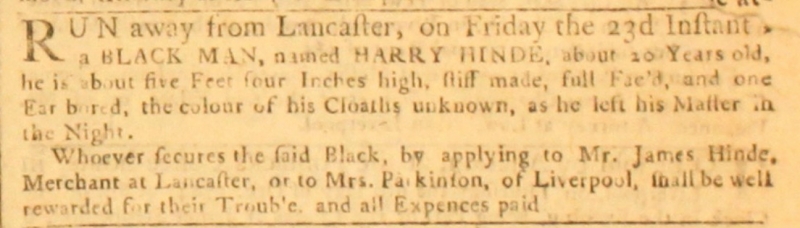
Williamson’s Liverpool Advertiser, and Mercantile Chronicle, 30 November 1764 (England)
RUN away from Lancaster, on Friday the 23d Instant a BLACK MAN, named HARRY HINDE, about 20 Years old, he is about five Feet four Inches high, stiff made, full Fac’d, and one Ear bored, the colour of his Cloaths unknown, as he left his Master in the Night.  Whoever secures the said Black, by applying to Mr. James Hinde, Merchant at Lancaster, or to Mrs. Parkinson, of Liverpool, shall be well rewarded for their Trouble, and all Expences paid.